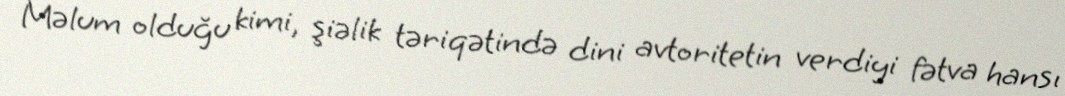
Məlum olduğu kimi, şiəlik təriqətində dini avtoritetin verdiyi fətva hansı